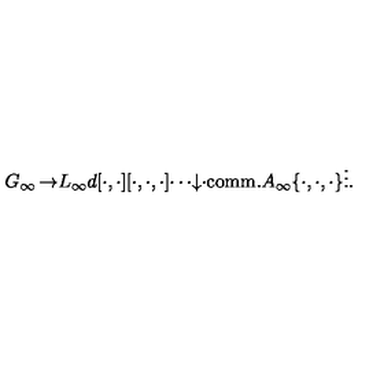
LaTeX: \begin{matrix} { G _ { \infty } } & { } & { \rightarrow } & { L _ { \infty } } \\ { } & { d } & { [ \cdot , \cdot ] } & { [ \cdot , \cdot , \cdot ] } & { \cdots } \\ { \downarrow } & { \cdot } \\ { \mathrm { c o m m . } A _ { \infty } } & { \{ \cdot , \cdot , \cdot \} } \\ { } & { \vdots } \\ \end{matrix} .